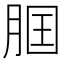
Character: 𦛢